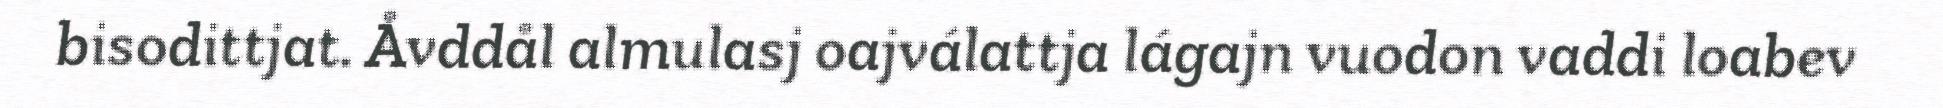
bisodittjat. Åvddål almulasj oajválattja lágajn vuodon vaddi loabev